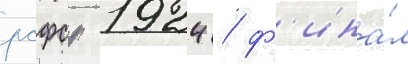
рсфср 1924 / ф'ина́л